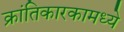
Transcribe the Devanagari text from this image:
क्रांतिकारकामध्ये